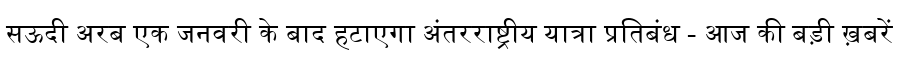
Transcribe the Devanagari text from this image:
सऊदी अरब एक जनवरी के बाद हटाएगा अंतरराष्ट्रीय यात्रा प्रतिबंध - आज की बड़ी ख़बरें